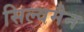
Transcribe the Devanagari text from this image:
सिल्वमैन